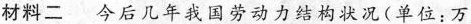
材料二 今后几年我国劳动力结构状况(单位：万